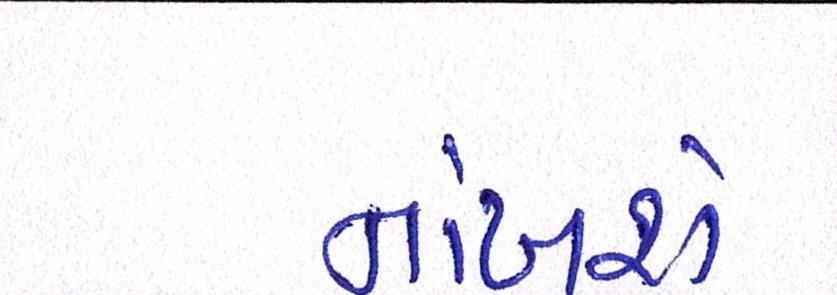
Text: નાંખશે